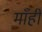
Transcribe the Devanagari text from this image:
माँही